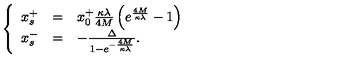
\left\{ \begin{array} { l l l } { x _ { s } ^ { + } } & { = } & { x _ { 0 } ^ { + } \frac { \kappa \lambda } { 4 M } \left( e ^ { \frac { 4 M } { \kappa \lambda } } - 1 \right) } \\ { x _ { s } ^ { - } } & { = } & { - \frac { \Delta } { 1 - e ^ { - \frac { 4 M } { \kappa \lambda } } } . } \\ \end{array} \right.